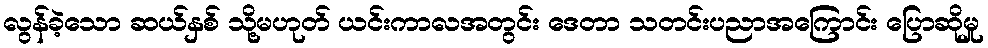
လွန်ခဲ့သော ဆယ်နှစ် သို့မဟုတ် ယင်းကာလအတွင်း ဒေတာ သတင်းပညာအကြောင်း ပြောဆိုမှု